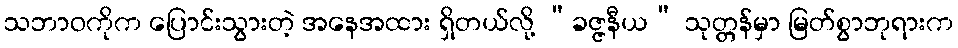
သဘာဝကိုက ပြောင်းသွားတဲ့ အနေအထား ရှိတယ်လို့ “ခဇ္ဇနီယ” သုတ္တန်မှာ မြတ်စွာဘုရားက